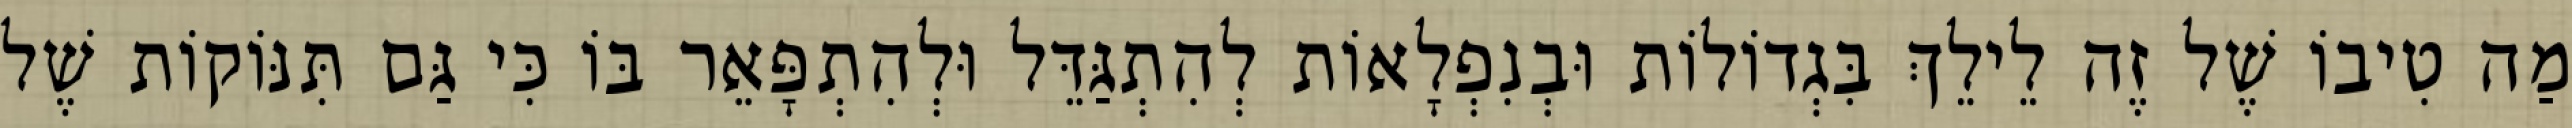
מַה טִיבוֹ שֶׁל זֶה לֵילֵךְ בִּגְדוֹלוֹת וּבְנִפְלָאוֹת לְהִתְגַּדֵּל וּלְהִתְפָּאֵר בּוֹ כִּי גַּם תִּנּוֹקוֹת שֶׁל